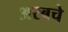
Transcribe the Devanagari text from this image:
अरबचे